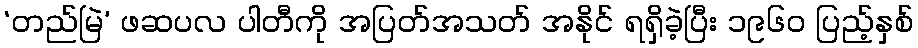
‘တည်မြဲ’ ဖဆပလ ပါတီကို အပြတ်အသတ် အနိုင် ရရှိခဲ့ပြီး ၁၉၆၀ ပြည့်နှစ်